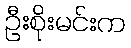
ဦးစိုးမင်းက